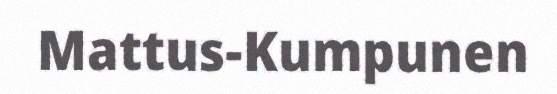
Mattus-Kumpunen